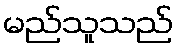
မည်သူသည်